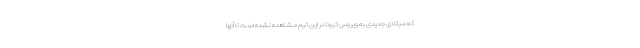
که مبتلای جدیدی به ویروس کرونا در این تیم مشاهده نشده است تا آنها